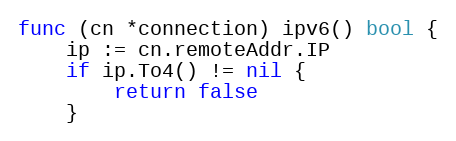
Language: Go
func (cn *connection) ipv6() bool {
	ip := cn.remoteAddr.IP
	if ip.To4() != nil {
		return false
	}